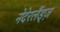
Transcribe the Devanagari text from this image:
नेदेरलैंड्ज़